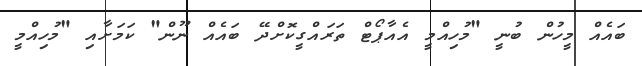
ބައެއް މީހުން ބުނީ "މުހިއްމީ އެއާޕޯޓް ތަރައްގީކޮށްދޭ ބައެއް ނޫން" ކަމަށާއި "މުހިއްމީ